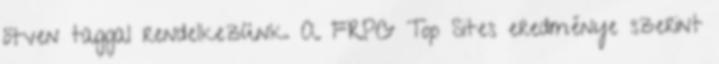
ötven taggal rendelkezünk. A FRPG Top Sites eredménye szerint